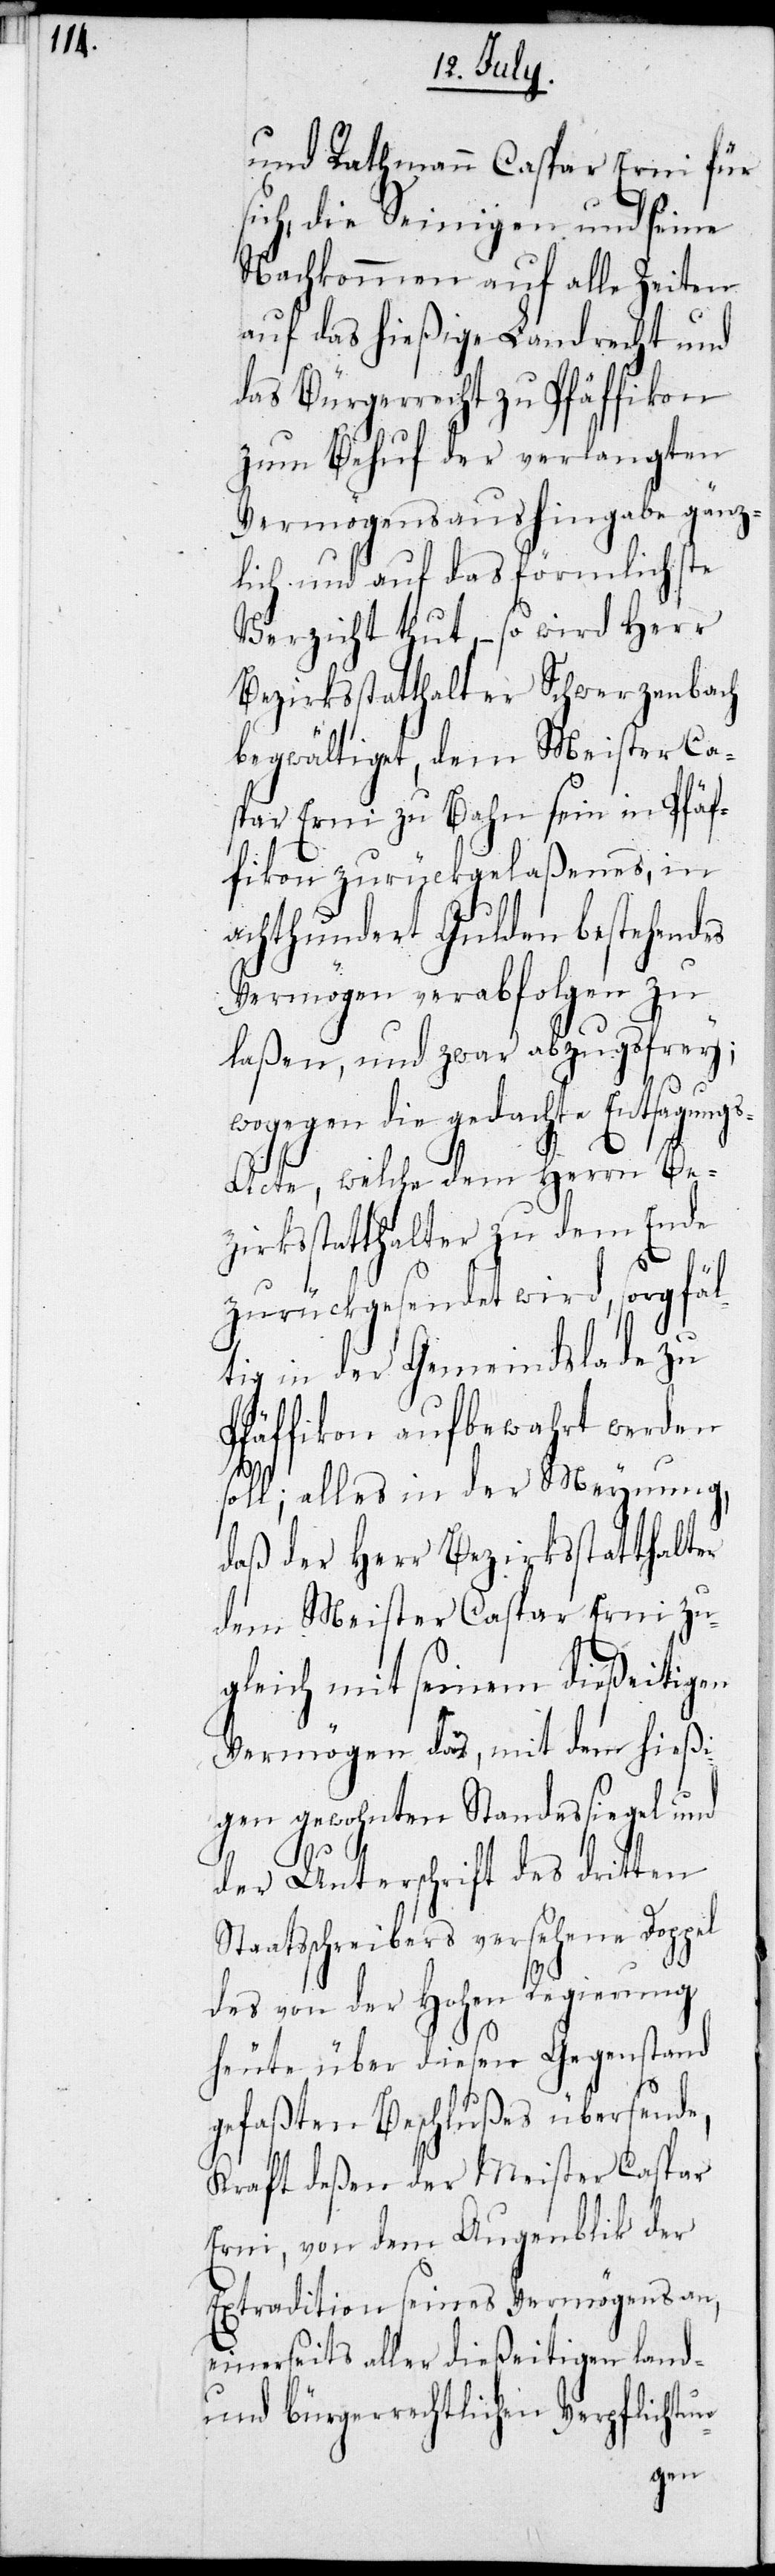
und Rathmann Caspar Erni für
sich, die Seinigen und seine
Nachkommen auf alle Zeiten
auf das hießige Landrecht und
das Bürgerrecht zu Pfäffikon
zum Behuf der verlangten
Vermögensaushingabe gänz¬
lich und auf das förmlichste
Verzicht thut, – so wird Herr
Bezirksstatthalter Schwerzenbach
begwältiget, dem Meister Ca¬
spar Erni zu Bahn sein in Pfäf¬
fikon zurückgelaßenes, in
achthundert Gulden bestehendes
Vermögen verabfolgen zu
laßen, und zwar abzugsfrey;
wogegen die gedachte Entsagung¬
s-Acte, welche dem Herrn Be¬
zirksstatthalter zu dem Ende
zurückgesendet wird, sorgfäl¬
tig in der Gemeindslade zu
Pfäffikon aufbewahrt werden
soll; alles in der Meynung,
daß der Herr Bezirksstatthalter
dem Meister Caspar Erni zu¬
gleich mit seinem dießeitigen
Vermögen das, mit dem hießi¬
gen gewohnten Standessiegel und
der Unterschrift des dritten
Staatsschreibers versehene Doppel
des von der Hohen Regierung
heute über diesen Gegenstand
gefaßten Beschlußes übersende,
Kraft deßen der Meister Caspar
Erni, von dem Augenblik der
Extradiction seines Vermögens an,
einerseits aller dießeitigen land-
und bürgerrechtlichen Verpflichtun-